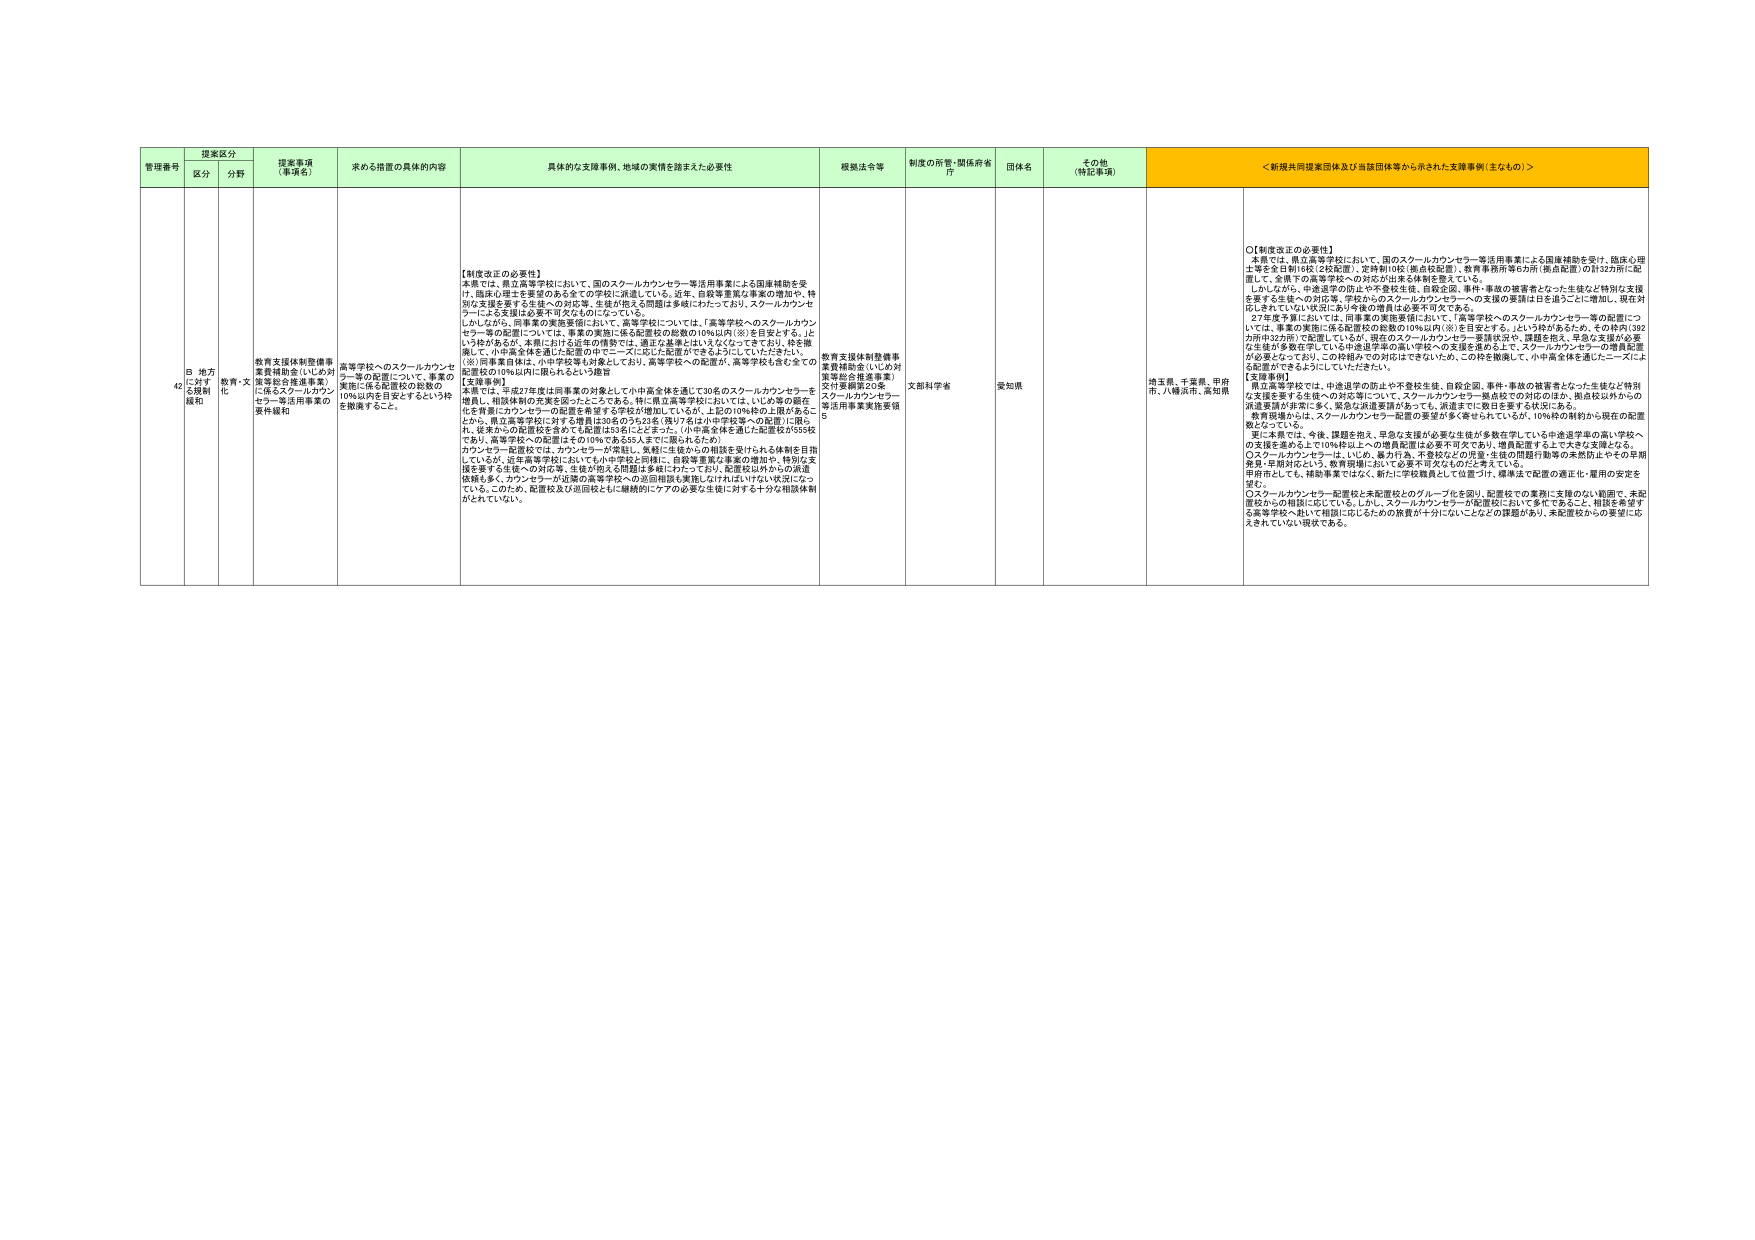
管理番号  摘要区分  提案事項（事項名）  求める措置の具体的内容  具体的支援事例、地域の実情を踏まえた必要性  根拠法令等  制度の所管・関係府省庁  団体名  その他（特記事項）  ＜新規共同提案団体及び当該団体等から示された支援事例（主なもの）＞
区分  分野
42  B 地方における規制緩和  教育・文化  教育支援体制整備事業費補助金（いじめ対策等総合推進事業）に係るスクールカウンセラー等活用事業の要件緩和  高等学校へのスクールカウンセラー等の配置について、事業の実施に係る配置校の総数の10％以内を目安とするという枠を撤廃すること。  【制度改正の必要性】
本県では、県立高等学校において、国のスクールカウンセラー等活用事業による国庫補助を受け、臨床心理士等を全日制16校（2校配置）、定時制10校（数名校配置）、教育事務所等5カ所（拠点配置）の計32カ所に配置して、全県下の高等学校への対応が出来る体制を整えている。
しかしながら、中進退学の防止や不登校生徒、自殺企画、事件・事故の被害者となった生徒など特別な支援を要する生徒への対応等、学校からのスクールカウンセラーの支援の要請は年を追うごとに増加し、現在対応しきれていない状況にあり今後の増員は必要不可欠である。
27年度予算においては、同事業の実施要領において、「高等学校へのスクールカウンセラー等の配置については、事業の実施に係る配置校の総数の10％以内（※）を目安とする。」という枠があるため、その枠内（392カ所中32カ所）で配置しているが、現在のスクールカウンセラー要請状況や、課題を抱え、早急な支援が必要な生徒が多数在学している中進退学等の高い学校への支援を進める上で、スクールカウンセラーの増員配置が必要となっており、この枠組みでの対応はできないため、この枠を撤廃して、小中高全体を通じたニーズによる配置ができるようにしていただきたい。
【支援事例】
本県では、平成27年度は同事業の対象として小中高全体を通じて30名のスクールカウンセラーを増員し、相談体制の充実を図ったところである。特に県立高等学校においては、いじめ等の顕在化を背景にカウンセラーの配置を希望する学校が増加しているが、上記の10％内の上限があることから、県立高等学校に対する増員は30名のうち23名（残り7名は小中学校等への配置）に限られ、従来からの配置校を含めて総配置は53名にとどまった。（小中高全体を通じた配置校が555校であり、高等学校への配置はその10％である55人までに限られるため）
カウンセラー配置校には、カウンセラーが常駐し、気軽に生徒からの相談を受けられる体制を目指しているが、近年高等学校においても小中学校と同様に、自殺等重篤な事案の増加や、特別な支援を要する生徒への対応等、生徒が抱える問題は多岐にわたっており、配置校以外からの派遣依頼も多く、カウンセラーが近隣の高等学校への巡回相談も実施しなければいけない状況になっている。このため、配置校及び巡回校ともに継続的にケアの必要な生徒に対する十分な相談体制がとれていない。  教育支援体制整備事業費補助金（いじめ対策等総合推進事業）スクールカウンセラー等活用事業実施要領5  文部科学省  愛知県  埼玉県、千葉県、甲府市、八幡浜市、高知県  ○【制度改正の必要性】
本県では、県立高等学校において、国のスクールカウンセラー等活用事業による国庫補助を受け、臨床心理士等を全日制16校（2校配置）、定時制10校（数名校配置）、教育事務所等5カ所（拠点配置）の計32カ所に配置して、全県下の高等学校への対応が出来る体制を整えている。
しかしながら、中進退学の防止や不登校生徒、自殺企画、事件・事故の被害者となった生徒など特別な支援を要する生徒への対応等、学校からのスクールカウンセラーの支援の要請は年を追うごとに増加し、現在対応しきれていない状況にあり今後の増員は必要不可欠である。
27年度予算においては、同事業の実施要領において、「高等学校へのスクールカウンセラー等の配置については、事業の実施に係る配置校の総数の10％以内（※）を目安とする。」という枠があるため、その枠内（392カ所中32カ所）で配置しているが、現在のスクールカウンセラー要請状況や、課題を抱え、早急な支援が必要な生徒が多数在学している中進退学等の高い学校への支援を進める上で、スクールカウンセラーの増員配置が必要となっており、この枠組みでの対応はできないため、この枠を撤廃して、小中高全体を通じたニーズによる配置ができるようにしていただきたい。
【支援事例】
県立高等学校では、中進退学の防止や不登校生徒、自殺企画、事件・事故の被害者となった生徒など特別な支援を要する生徒への対応等について、スクールカウンセラー拠点校での対応のほか、拠点校以外からの派遣要請が非常に多く、緊急な派遣要請があっても、派遣までに数日を要する状況にある。
教育現場からは、スクールカウンセラー配置の要望が多く寄せられているが、10％枠の制約から現在の配置数となっている。
更に本県では、今後、課題を抱え、早急な支援が必要な生徒が多数在学している中進退学率の高い学校への支援を進める上では10％枠以上の増員配置は必要不可欠であり、増員配置することで大きな実現となる。
○スクールカウンセラーは、いじめ、暴力行為、不登校などの児童・生徒の問題行動等の未然防止やその早期発見・早期対応という、教育現場において必要不可欠なものだと考えている。
用件申込しても、課題事業ではなく、新たに学校職員として位置づけ、標準法で配置の適正化・雇用の安定を望む。
○スクールカウンセラー配置校と未配置校とのグループ化を図り、配置校での業務に支障のない範囲で、未配置校からの相談に応じている。しかし、スクールカウンセラーが配置校において多忙であること、相談を希望する高等学校へ赴いて相談に応じるための旅費が十分にないことなどの課題があり、未配置校からの要望に応えきれていない現状である。